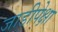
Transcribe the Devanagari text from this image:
जाडीपेक्षा